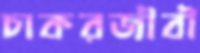
চাকরজীবী